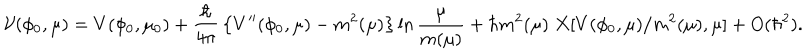
LaTeX: { \cal V } ( \phi _ { 0 } , \mu ) = V ( \phi _ { 0 } , \mu _ { 0 } ) + { \frac { \hbar } { 4 \pi } } \left\{ V ^ { \prime \prime } ( \phi _ { 0 } , \mu ) - m ^ { 2 } ( \mu ) \right\} \ln { \frac { \mu } { m ( \mu ) } } + \hbar m ^ { 2 } ( \mu ) \; X [ V ( \phi _ { 0 } , \mu ) / m ^ { 2 } ( \mu ) , \mu ] + O ( \hbar ^ { 2 } ) .